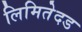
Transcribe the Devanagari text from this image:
लिमितेदड